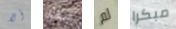
ألا سفك لم مبكرا